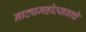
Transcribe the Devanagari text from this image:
नाट्यमहोत्सवाचे